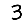
Digit: 3